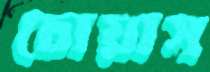
চোয়াস